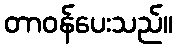
တာဝန်ပေးသည်။